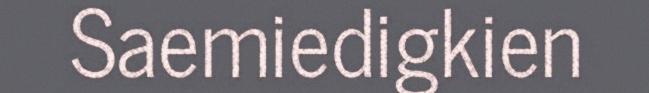
Saemiedigkien